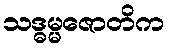
သဒ္ဓမ္မဇောတိက